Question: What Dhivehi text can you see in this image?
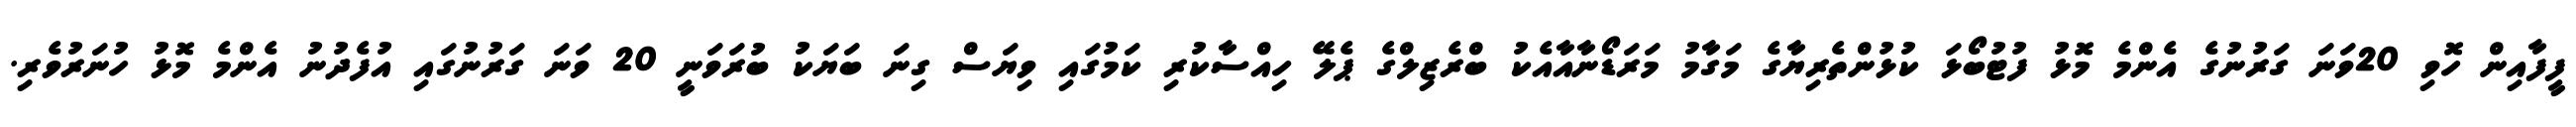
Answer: ފީފާއިން ހޮވި 20ވަނަ ގަރުނުގެ އެންމެ މޮޅު ފުޓުބޯޅަ ކުޅުންތެރިޔާގެ މަގާމު މަރަޑޯނާއާއެކު ބްރެޒިލްގެ ޕެލޭ ހިއްސާކުރި ކަމުގައި ވިޔަސް ގިނަ ބަޔަކު ބުރަވަނީ 20 ވަނަ ގަރުނުގައި އުފެދުނު އެންމެ މޮޅު ހުނަރުވެރި.